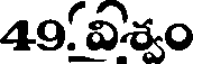
49. విశ్వం